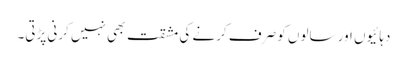
دہائیوں اور سالوں کو صرف کرنے کی مشقت بھی نہیں کرنی پڑتی۔